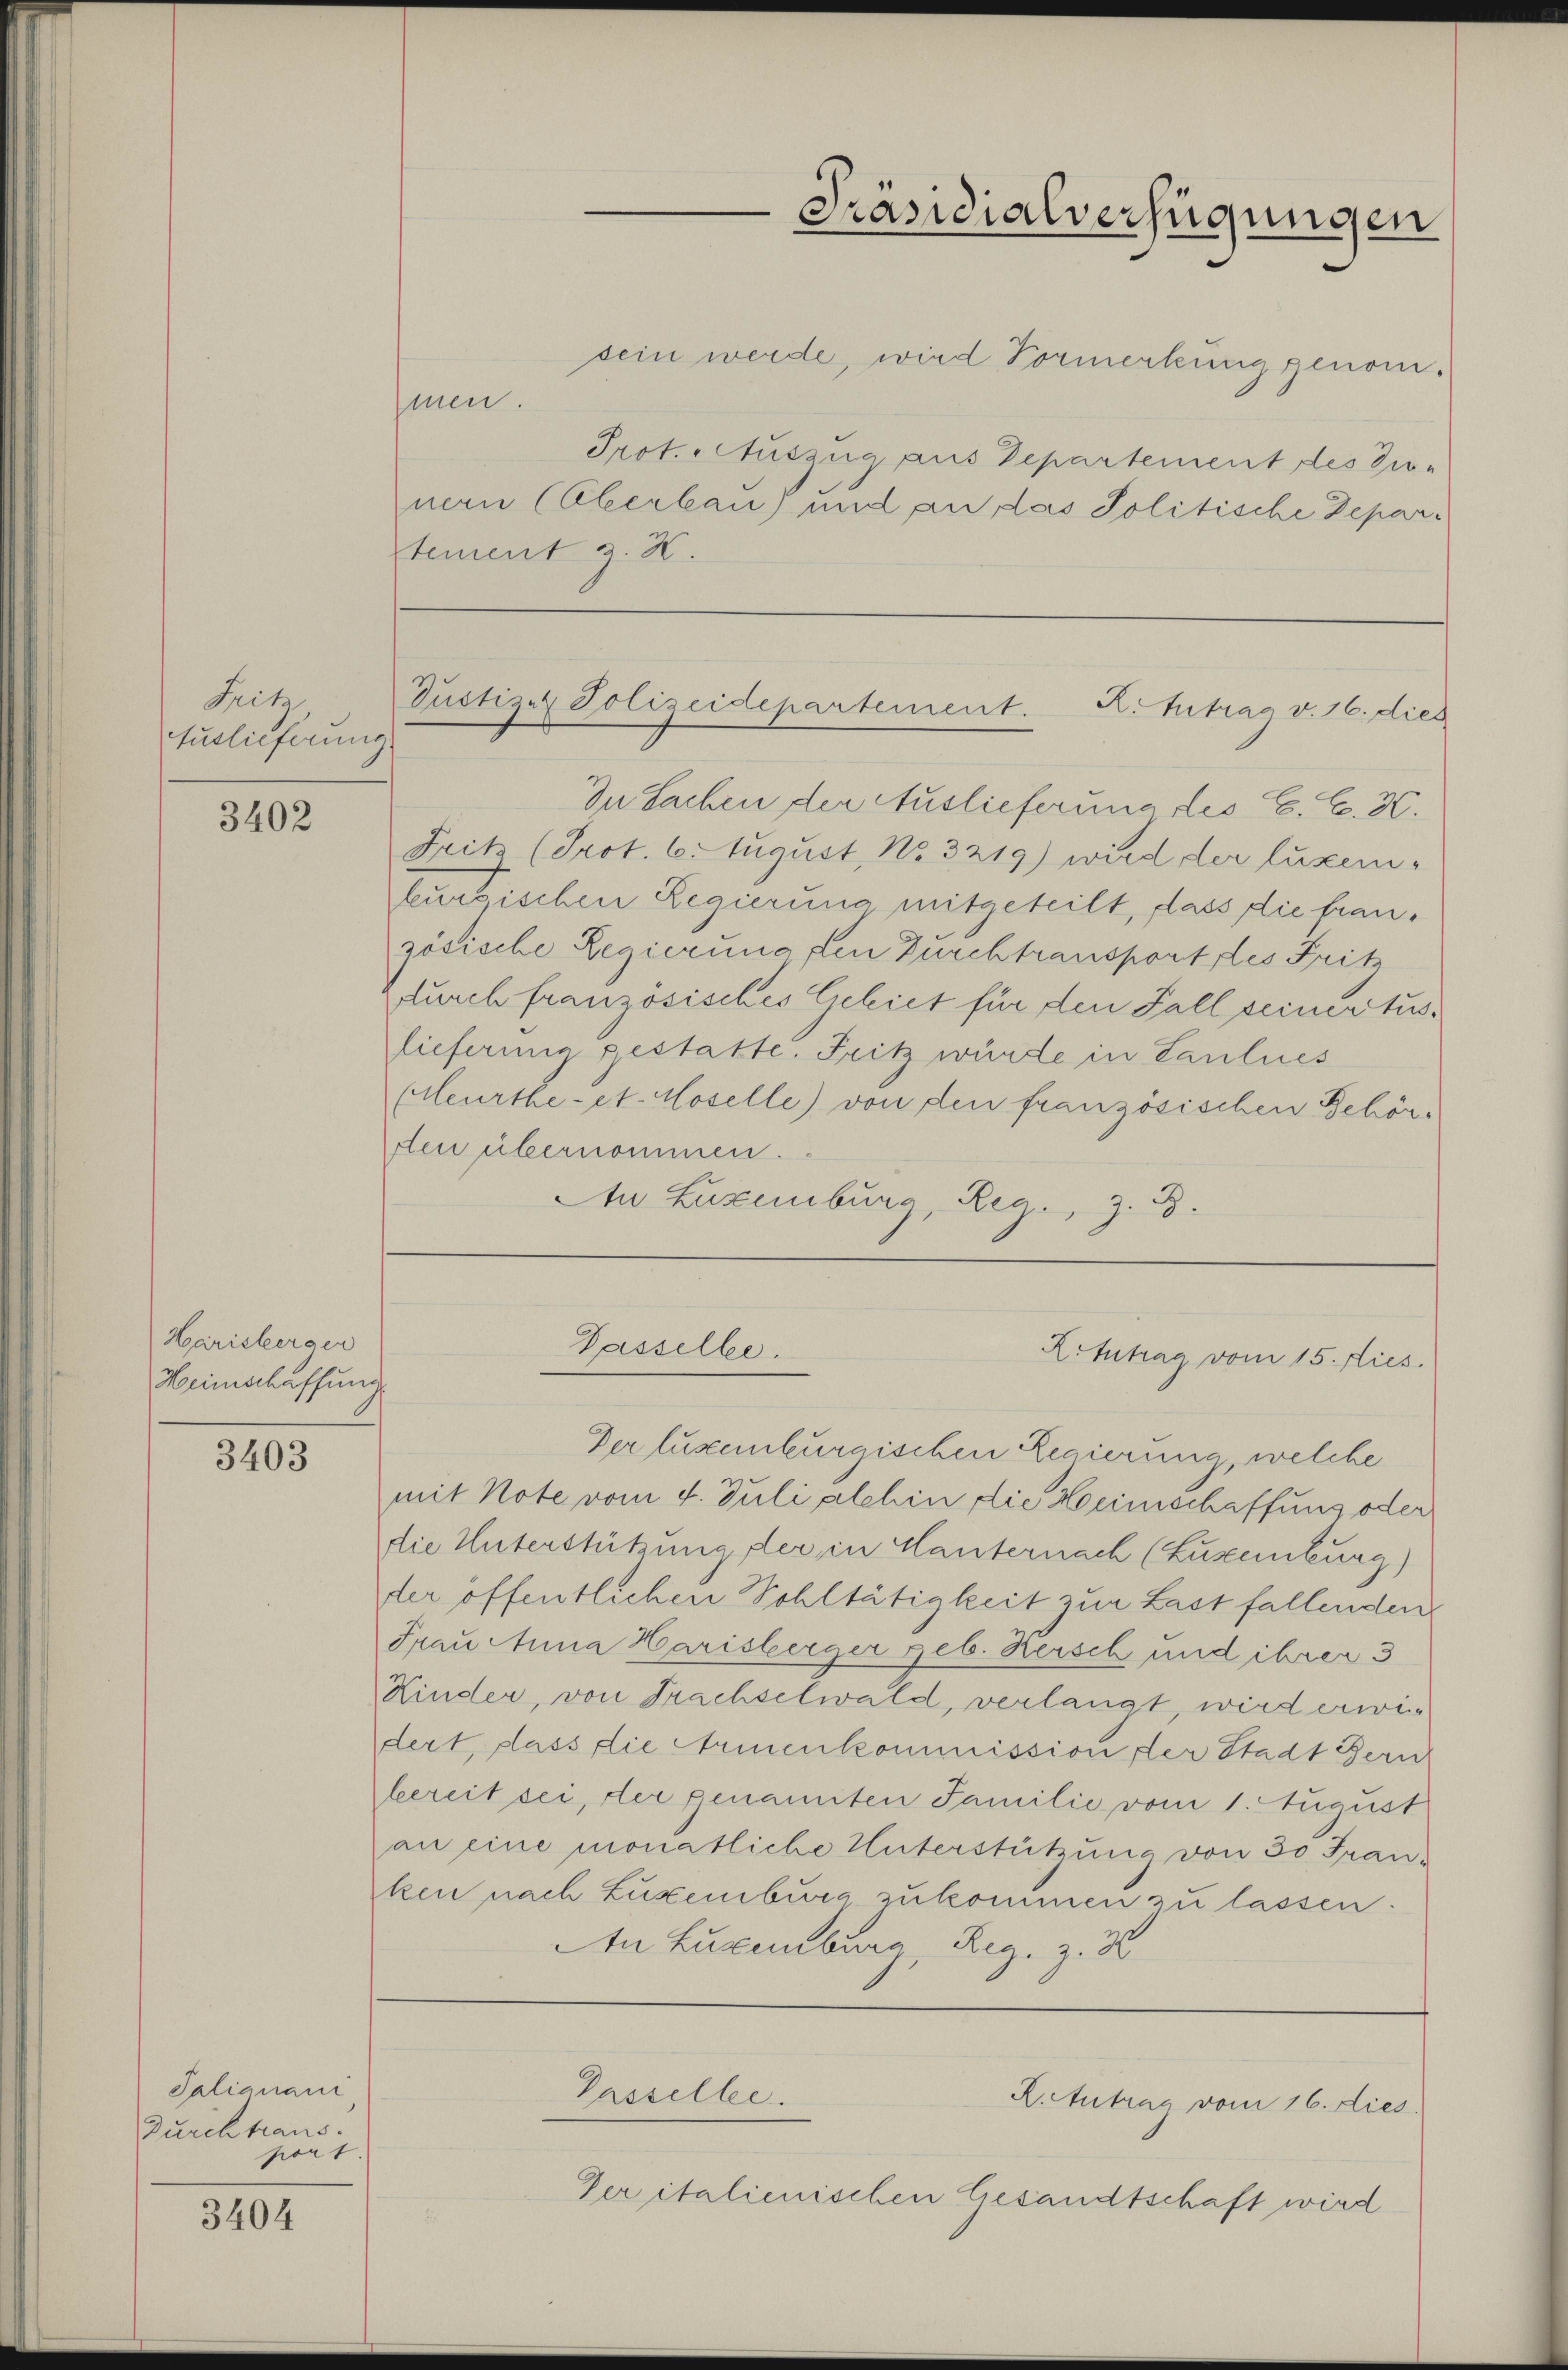
Feit
Auslieferung

3402

Harisberger
Heimschaffung

3403

Talianani
Durchtraus.
port

3404

men.

In Sachen der Auslieferung des C. C. H.
Fritz (Prot. 6. August, No. 3219) wird der luxem-
teusischen Regierung mitgeteilt, dass die französische Regierung den Durchtransport des Fritz
durch französisches Gebiet für den Fall seiner tuslieferina gestatte. Fritz würde in Paulues
Heurthe- et. Haselle) von den französischen Behören übernommen.
An Luxenburg, Reg., z. B.

Pustiz & Polizeidepartement. K. Betrag v. 16. dies

Passelbe.

Präsidialverfügungen

sein werde, wird Vormerkung genom-
Prot. Auszug aus Departement des Zu-
nern (Oberbau) und an das Politische Departement z. H.

K.Antrag vom 15. Dies

Der lustenburgischen Regierung, welche
mit Note vom 4. Juli alchin die Heimschaffung oder
die Unterstützung der in Hauternach (Luxenburg)
ster öffentlichen Wohltätigkeit zur Last fallenden
Frau Anna Harisberger geb. Reisch und ihrer 3
Kinder, von Frachselwald, verlangt, wird erwiedert, dass die Armenkommission der Stadt Bern
bereit sei, der genamten Familie vom 1. August
an eine monatliche Unterstützung von 30 Frauken nach Luxenburg zukommen zu lassen.
An Luxenburg, Reg. Z. 36

Gasselle.
R. Antrag vom 16. dies

Per italienischen Gesandtschaft wird